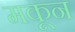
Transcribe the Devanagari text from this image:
मकून